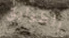
الطوابق